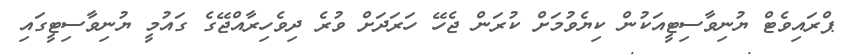
ޕްރައިވެޓް ޔުނިވާސިޓީއަކުން ކިޔެވުމަށް ކުރަން ޖެހޭ ހަރަދަށް ވުރެ ދިވެހިރާއްޖޭގެ ގައުމީ ޔުނިވާސިޓީގައި